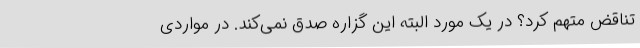
تناقض متهم کرد؟ در یک مورد البته این گزاره صدق نمی‌کند. در مواردی